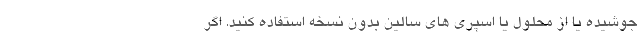
جوشیده یا از محلول یا اسپری های سالین بدون نسخه استفاده کنید. اگر